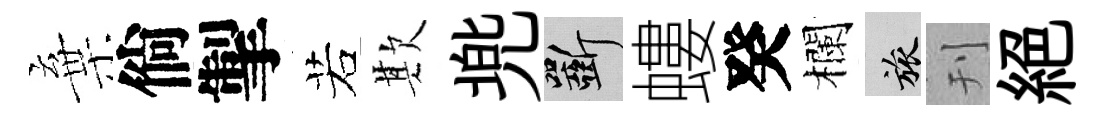
棄倘掣若欺兠斫螻癸欄旅刊絕